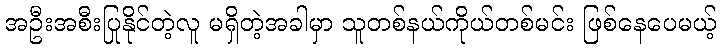
အဦးအစီးပြုနိုင်တဲ့လူ မရှိတဲ့အခါမှာ သူတစ်နယ်ကိုယ်တစ်မင်း ဖြစ်နေပေမယ့်